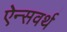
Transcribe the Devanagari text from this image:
ऐन्सवर्थ